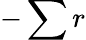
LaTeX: -\sum r